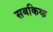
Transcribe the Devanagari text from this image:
सबकिक